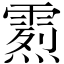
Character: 𩄰